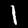
Digit: 1